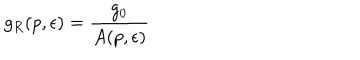
g _ { R } ( p , \epsilon ) = \frac { g _ { 0 } } { A ( p , \epsilon ) }